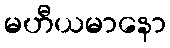
မဟီယမာနော